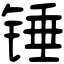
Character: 锤